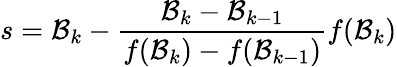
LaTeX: s=\mathcal{B}_{k}-\frac{{\mathcal{B}_{k}-\mathcal{B}_{k-1}}}{{f(\mathcal{B}_{k})-f(\mathcal{B}_{k-1})}}f(\mathcal{B}_{k})